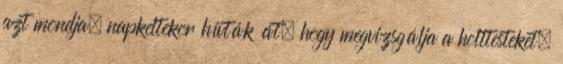
azt mondja, napkeltekor hívták át, hogy megvizsgálja a holttesteket.